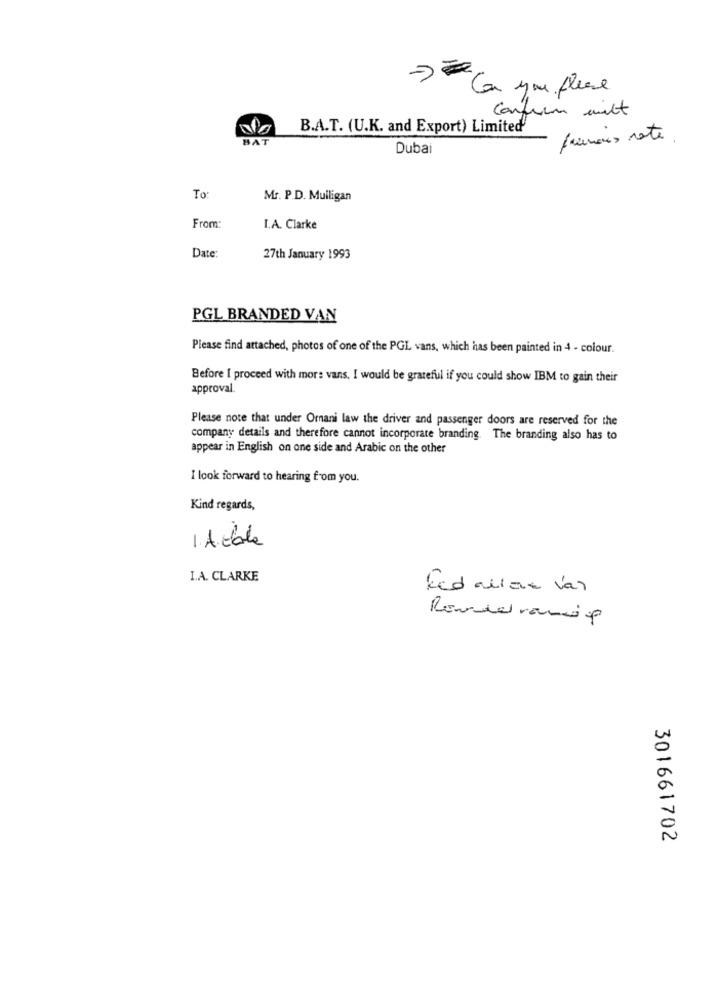
7º Ca une flere
Confirm mitt
B.A.T. (U.K. and Export) Limited'
BAT
francis rate
Dubai
To:
Mr. P.D. Mulligan
From:
I.A. Clarke
Date:
27th January 1993
PGL BRANDED VAN
Please find attached, photos of one of the PGL vans, which has been painted in 4 - colour.
Before I proceed with more vans, I would be grateful if you could show IBM to gain their
approval.
Please note that under Orani law the driver and passenger doors are reserved for the
company details and therefore cannot incorporate branding. The branding also has to
appear in English on one side and Arabic on the other
I look forward to hearing from you.
Kind regards,
1. Adble
I.A. CLARKE
Fed allar van
301661702